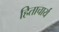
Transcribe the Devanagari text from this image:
हिताचार्य